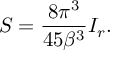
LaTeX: S = \frac { 8 \pi ^ { 3 } } { 4 5 \beta ^ { 3 } } I _ { r } .